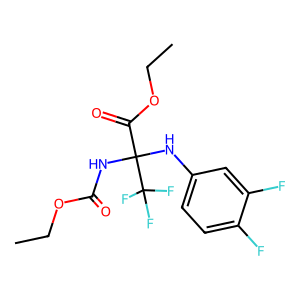
SMILES: CCOC(=O)NC(Nc1ccc(F)c(F)c1)(C(=O)OCC)C(F)(F)F
Inhibits HIV replication: No